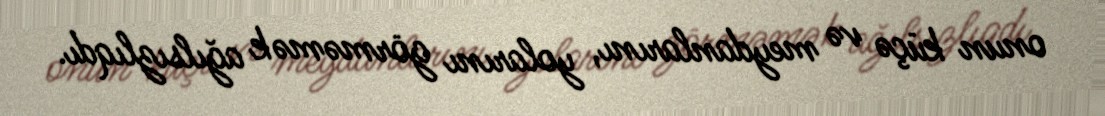
onun küçə və meydanlarını, yolarını görməmək ağılsızlıqdı.